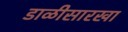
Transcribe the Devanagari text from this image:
डाळीसारखा